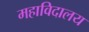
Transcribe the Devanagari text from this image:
महाविदालय